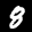
Label: 8